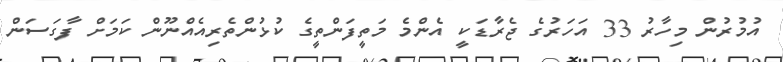
އުމުރުން މިހާރު 33 އަހަރުގެ ޖެރާޑަކީ އެންމެ މަތީފަންތީގެ ކުޅުންތެރިއެއްނޫން ކަމަށް ފާގަސަން